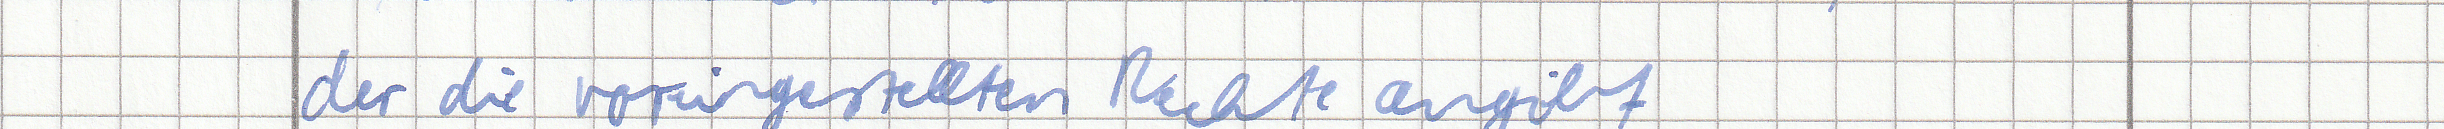
der die voreingestellten Rechte angibt